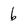
Character: b